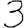
Digit: 3